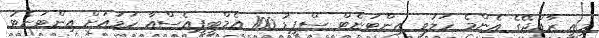
މިއީ ރާއްޖޭގެ އެންމެ ހަލުވި އިންޓަނެޓް ސްޕީޑު 100 އެމްބީޕީއެސްއާ ހަމައަށް އިންޓަނެޓު